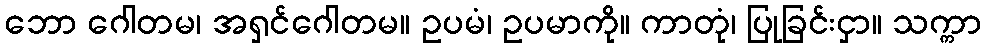
ဘော ဂေါတမ၊ အရှင်ဂေါတမ။ ဥပမံ၊ ဥပမာကို။ ကာတုံ၊ ပြုခြင်းငှာ။ သက္ကာ